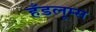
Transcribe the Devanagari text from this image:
हँडलूम्स